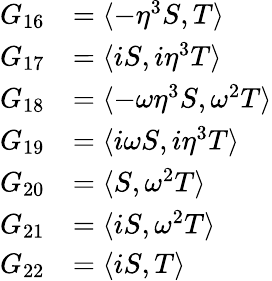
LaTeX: \begin{array}{rl}{G_{16}}&{=\langle-\eta^{3}S,T\rangle}\\ {G_{17}}&{=\langle iS,i\eta^{3}T\rangle}\\ {G_{18}}&{=\langle-\omega\eta^{3}S,\omega^{2}T\rangle}\\ {G_{19}}&{=\langle i\omega S,i\eta^{3}T\rangle}\\ {G_{20}}&{=\langle S,\omega^{2}T\rangle}\\ {G_{21}}&{=\langle iS,\omega^{2}T\rangle}\\ {G_{22}}&{=\langle iS,T\rangle}\end{array}